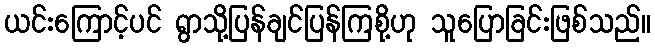
ယင်းကြောင့်ပင် ရွာသို့ပြန်ချင်ပြန်ကြစို့ဟု သူပြောခြင်းဖြစ်သည်။